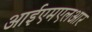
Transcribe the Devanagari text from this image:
आईएमएलआर